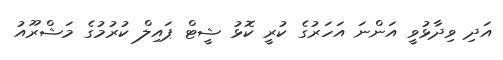
އަދި ވިދާޅުވީ އަންނަ އަހަރުގެ ކުރީ ކޮޅު ޝީޓް ޕައިލް ކުރުމުގެ މަޝްރޫއު